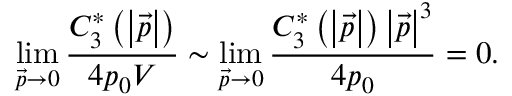
\operatorname * { l i m } _ { \vec { p } \rightarrow 0 } \frac { C _ { 3 } ^ { * } \left( \left| \vec { p } \right| \right) } { 4 p _ { 0 } V } \sim \operatorname * { l i m } _ { \vec { p } \rightarrow 0 } \frac { C _ { 3 } ^ { * } \left( \left| \vec { p } \right| \right) \left| \vec { p } \right| ^ { 3 } } { 4 p _ { 0 } } = 0 .